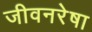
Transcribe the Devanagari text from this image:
जीवनरेषा